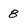
Character: 8